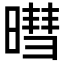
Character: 暳